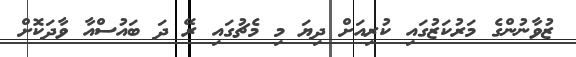
ޒުވާނުންގެ މަރުކަޒުގައި ކުރިއަށް ދިޔަ މި މެޗުގައި ރޭ ދަ ބައުސްއާ ވާދަކޮށް